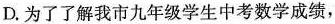
D.为了了解我市九年级学生中考数学成绩，